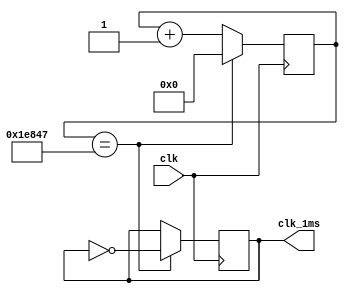

module clock_divider(
    input clk,
    output reg clk_1ms = 0
    );
    //No. of seconds*100Mhz/2 
    reg [27:0] i = 0;
    
	 always @ (posedge clk)
    begin
        if (i == 124999)// not 1ms
        begin
            i <= 0;
            clk_1ms = ~clk_1ms;
        end
        else i <= i+1;
    end
    
endmodule